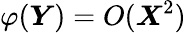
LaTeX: \varphi(\boldsymbol{Y})=O(\boldsymbol{X}^{2})